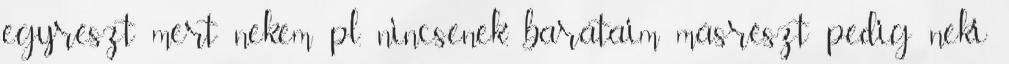
egyrészt mert nekem pl. nincsenek, barátaim másrészt pedig neki